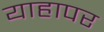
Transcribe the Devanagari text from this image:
याहापर